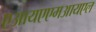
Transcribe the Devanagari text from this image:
एआयएएमआयएल